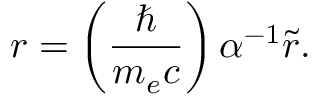
r = \left( \frac { \hbar } { m _ { e } c } \right) \alpha ^ { - 1 } \tilde { r } .